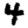
Digit: 4